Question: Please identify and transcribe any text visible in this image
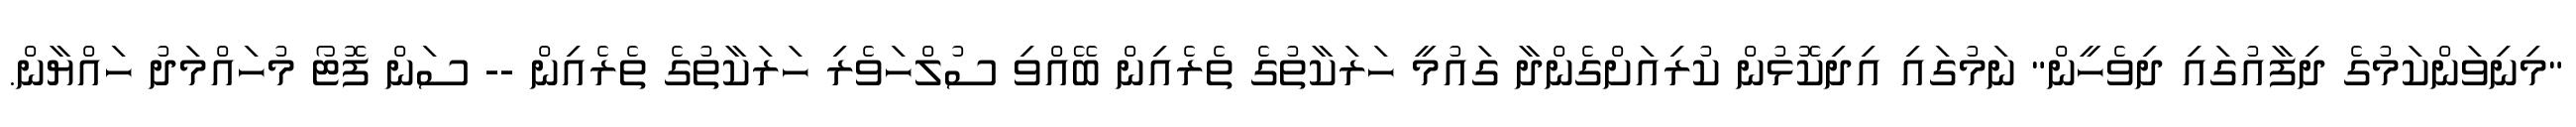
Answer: "މިނިވަންކަމުގެ ދިފާއުގައި ދިވެހީން" ނަމުގައި އިދިކޮޅުން ކުރިއަށްގެންދާ ގައުމީ ހަރަކާތުގެ ތެރެއިން ބޭއްވި ސުލްހަވެރި ހަރަކާތުގެ ތެރެއިން -- ސަން ފޮޓޯ މުހައްމަދު ހައްޔާން.